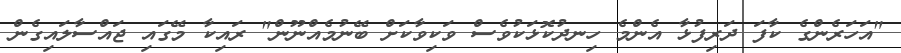
"އަހަރެންގެ ކާފަ ދަރިފުޅާ އެންމެ ހިނދުކޮޅަކުވެސް ވަކިވާކަށް ބޭނުމެއްނޫން" ރައިކާ މޭގައި ޖައްސާލައިގެން